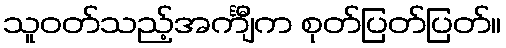
သူဝတ်သည့်အင်္ကျီက စုတ်ပြတ်ပြတ်။